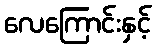
လေကြောင်းနှင့်